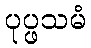
ပုပ္ဖသမံ